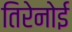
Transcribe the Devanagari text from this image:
तिरेनोई